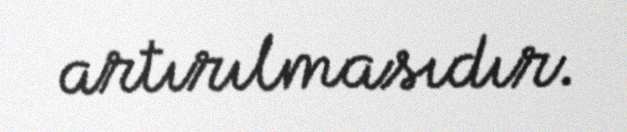
artırılmasıdır.